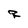
Character: R